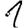
Digit: 1